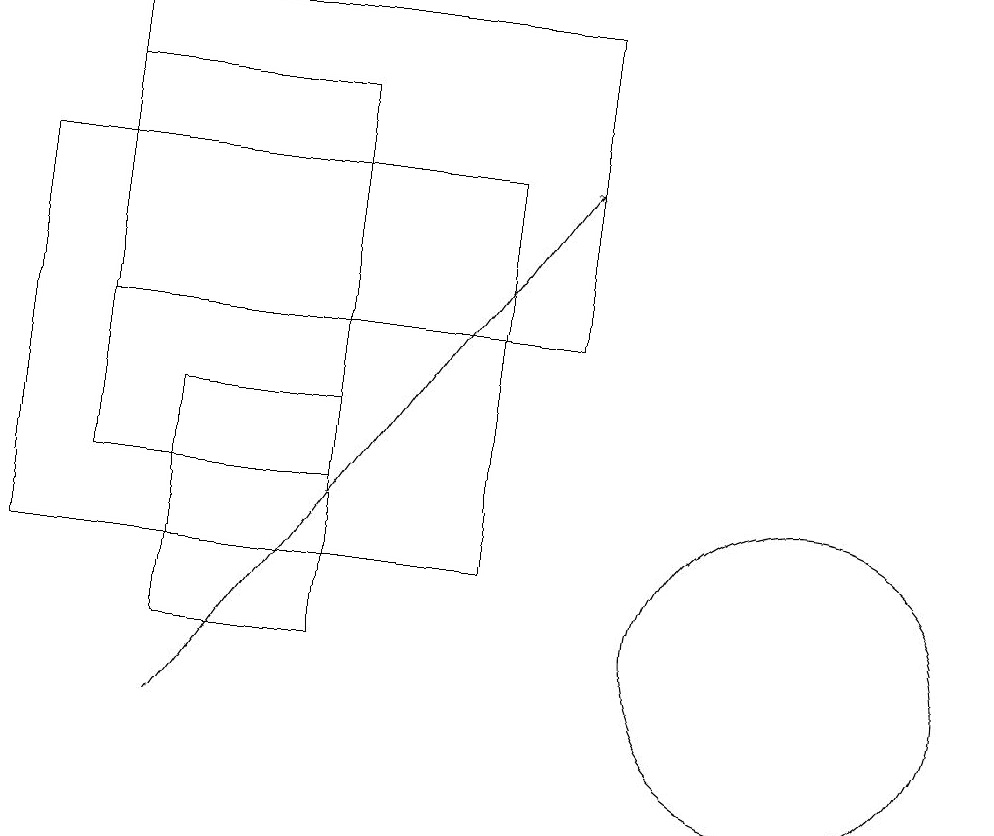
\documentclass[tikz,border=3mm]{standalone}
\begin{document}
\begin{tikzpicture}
\draw (4,18) rectangle (1,13);
\draw (0,17) rectangle (6,12);
\draw (1,19) rectangle (7,15);
\draw (2,14) rectangle (4,11);
\draw[->] (2,10) -- (7,17);
\draw (10,11) circle (2);
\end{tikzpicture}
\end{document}